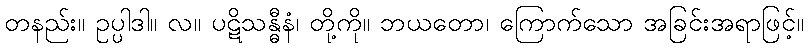
တနည်း။ ဥပ္ပါဒါ။ လ။ ပဋိသန္ဓီနံ၊ တို့ကို။ ဘယတော၊ ကြောက်သော အခြင်းအရာဖြင့်။